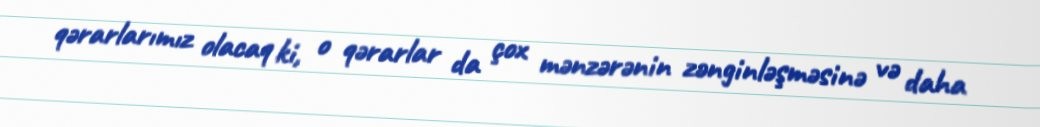
qərarlarımız olacaq ki, o qərarlar da çox mənzərənin zənginləşməsinə və daha